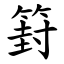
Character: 篈